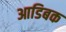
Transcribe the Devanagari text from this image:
आडिबक